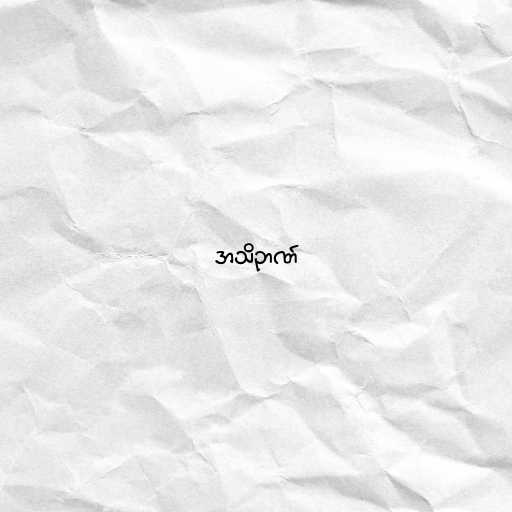
အသိဉာဏ်